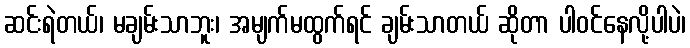
ဆင်းရဲတယ်၊ မချမ်းသာဘူး၊ အမျက်မထွက်ရင် ချမ်းသာတယ် ဆိုတာ ပါဝင်နေလို့ပါပဲ၊